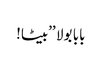
بابا بولا ’’بیٹا!